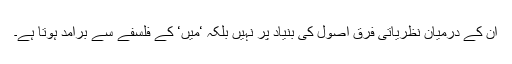
ان کے درمیان نظریاتی فرق اصول کی بنیاد پر نہیں بلکہ ‘میں‘ کے فلسفے سے برآمد ہوتا ہے۔